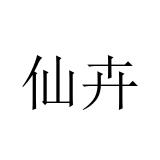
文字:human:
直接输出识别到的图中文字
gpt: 仙卉